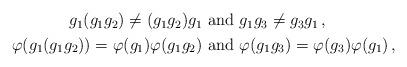
LaTeX: \begin{align*} \begin{aligned} g_1 (g_1 g_2) \neq (g_1 g_2) g_1 & \mbox{ and } g_1 g_3 \neq g_3 g_1 \,, \\ \varphi (g_1 (g_1 g_2)) = \varphi (g_1) \varphi (g_1 g_2) & \mbox{ and } \varphi (g_1 g_3) = \varphi (g_3) \varphi (g_1) \,, \end{aligned}\end{align*}